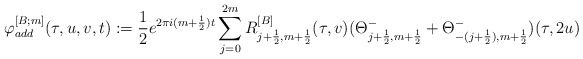
\begin{align*}\varphi^{[B;m]}_{add}(\tau,u,v,t):=\frac{1}{2}e^{2\pi i(m+\frac{1}{2})t}\sum\limits^{2m}_{j=0} R^{[B]}_{j+\frac{1}{2},m+\frac{1}{2}}(\tau,v)(\Theta^{-}_{j+\frac{1}{2},m+\frac{1}{2}}+\Theta^{-}_{-(j+\frac{1}{2}),m+\frac{1}{2}})(\tau,2u)\end{align*}